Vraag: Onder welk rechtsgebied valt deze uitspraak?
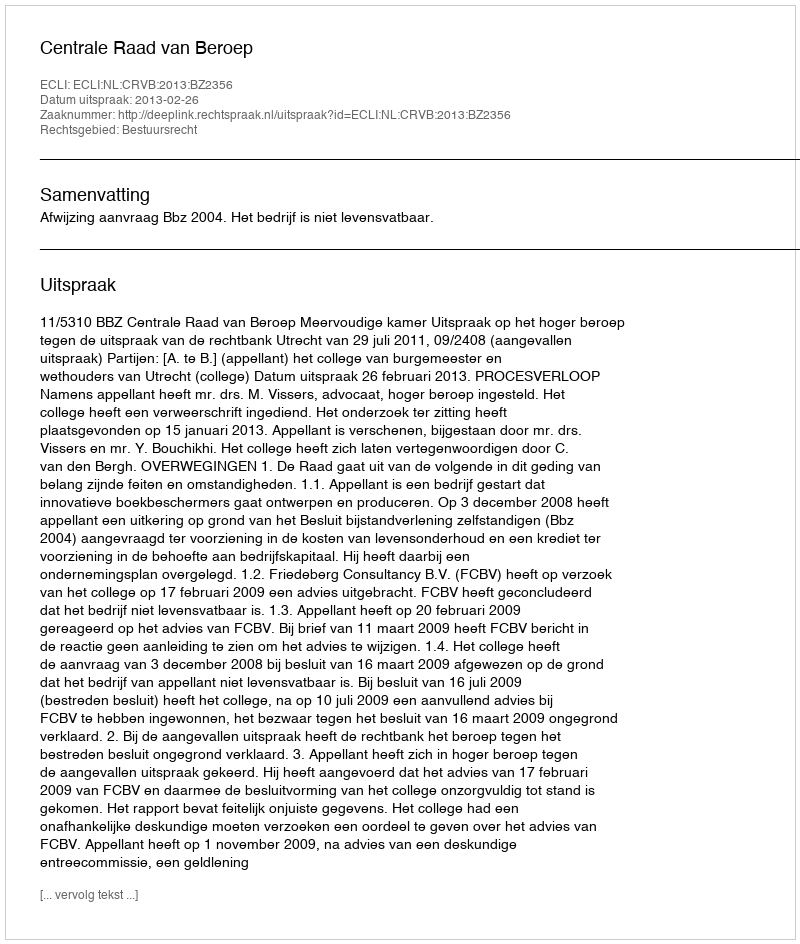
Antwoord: Bestuursrecht